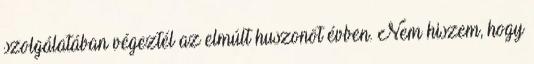
szolgálatában végeztél az elmúlt huszonöt évben. Nem hiszem, hogy